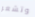
وتشعر